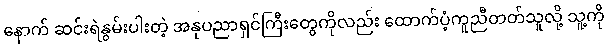
နောက် ဆင်းရဲနွမ်းပါးတဲ့ အနုပညာရှင်ကြီးတွေကိုလည်း ထောက်ပံ့ကူညီတတ်သူလို့ သူ့ကို